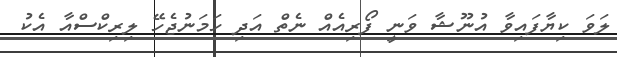
ލަވަ ކިޔާފައިވާ އުނޫޝާ ވަނީ ފޯރިއެއް ނެތް އަދި ހަމަނުޖެހޭ ލިރިކްސްއާ އެކު